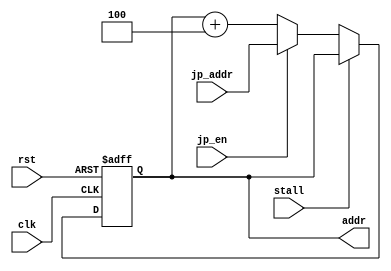
module pc (
	input			clk,
	input			rst,
	
	input			stall,

	input			jp_en,
	input	[31:0]	jp_addr,

	output	[31:0]	addr
);

	reg		[31:0]	r_addr;

	always @(posedge clk or posedge rst) begin
		if (rst) begin
			r_addr	<=	32'h0;
		end else begin
			if (stall) begin
				r_addr	<=	r_addr;
			end else if (jp_en) begin
				r_addr	<=	jp_addr;
			end else begin
				r_addr	<=	r_addr + 4;
			end
		end
	end

	assign	addr	=	r_addr;

endmodule